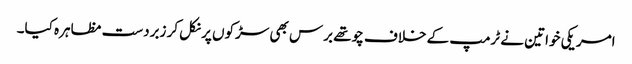
امریکی خواتین نے ٹرمپ کے خلاف چوتھے برس بھی سڑکوں پر نکل کر زبردست مظاہرہ کیا۔